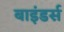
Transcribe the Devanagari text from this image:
बाइंडर्स